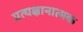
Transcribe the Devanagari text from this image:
प्रत्यक्षानात्मक